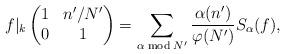
LaTeX: \begin{align*} f|_k \begin{pmatrix} 1 & n'/N' \\ 0 & 1 \end{pmatrix} = \sum_{\alpha \bmod N'}\frac{\alpha(n')}{\varphi(N')} S_\alpha(f),\end{align*}